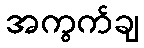
အကွက်ချ